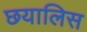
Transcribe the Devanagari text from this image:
छयालिस